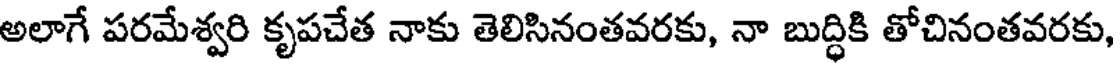
అలాగే పరమేశ్వరి కృపచేత నాకు తెలిసినంతవరకు, నా బుద్ధికి తోచినంతవరకు,